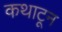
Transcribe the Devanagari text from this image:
कथाटून